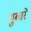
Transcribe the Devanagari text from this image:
गुब्बरे